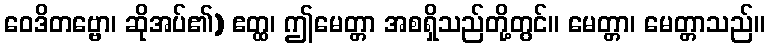
ဝေဒိတဗ္ဗော၊ ဆိုအပ်၏) ဧတ္ထ၊ ဤမေတ္တာ အစရှိသည်တို့တွင်။ မေတ္တာ၊ မေတ္တာသည်။